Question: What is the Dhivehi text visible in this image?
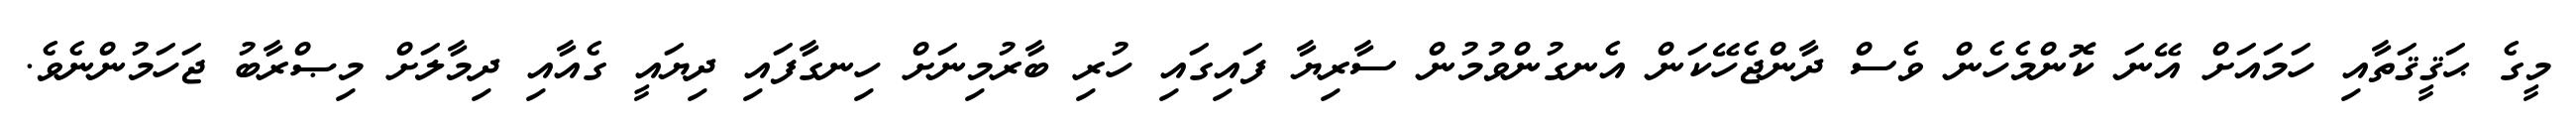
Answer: މީގެ ޙަޤީޤަތާއި ހަމައަށް އޭނަ ކޮންމެހެން ވެސް ދާންޖެހޭކަން އެނގުންވުމުން ސާރިޔާ ފައިގައި ހުރި ބާރުމިނަށް ހިނގާފައި ދިޔައީ ގެއާއި ދިމާލަށް މިޞްރާބު ޖަހަމުންނެވެ.